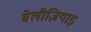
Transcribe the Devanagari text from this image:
बेलीज़ियाइ